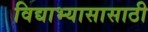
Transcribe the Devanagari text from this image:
विद्याभ्यासासाठी